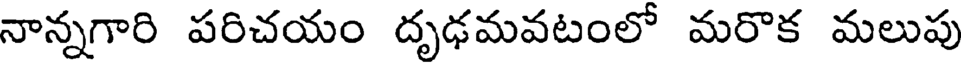
నాన్నగారి పరిచయం దృఢమవటంలో మరొక మలుపు